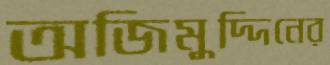
অজিমুদ্দিনের